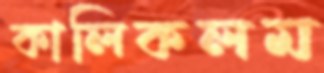
কালিকলম